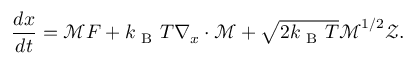
\frac { d \boldsymbol { x } } { d t } = \boldsymbol { \mathcal { M } } \boldsymbol { F } + k _ { \mathrm { ~ B ~ } } T \boldsymbol { \nabla } _ { x } \cdot \boldsymbol { \mathcal { M } } + \sqrt { 2 k _ { \mathrm { ~ B ~ } } T } \boldsymbol { \mathcal { M } } ^ { 1 / 2 } \mathcal { Z } .